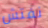
نفتش